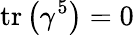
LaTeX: \operatorname{tr}\left(\gamma^{5}\right)=0